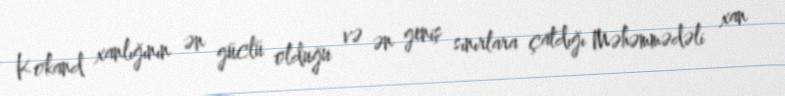
Kokand xanlığının ən güclü olduğu və ən geniş sınırlara çatdığı Məhəmmədəli xan